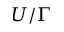
U / \Gamma